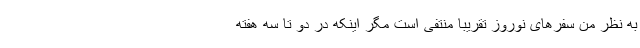
به نظر من سفرهای نوروز تقریبا منتفی است مگر اینکه در دو تا سه هفته